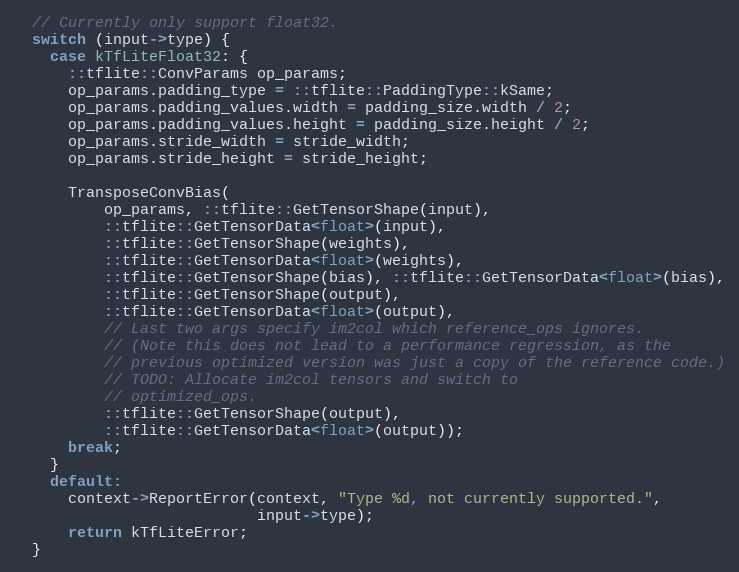
Language: C++
  // Currently only support float32.
  switch (input->type) {
    case kTfLiteFloat32: {
      ::tflite::ConvParams op_params;
      op_params.padding_type = ::tflite::PaddingType::kSame;
      op_params.padding_values.width = padding_size.width / 2;
      op_params.padding_values.height = padding_size.height / 2;
      op_params.stride_width = stride_width;
      op_params.stride_height = stride_height;

      TransposeConvBias(
          op_params, ::tflite::GetTensorShape(input),
          ::tflite::GetTensorData<float>(input),
          ::tflite::GetTensorShape(weights),
          ::tflite::GetTensorData<float>(weights),
          ::tflite::GetTensorShape(bias), ::tflite::GetTensorData<float>(bias),
          ::tflite::GetTensorShape(output),
          ::tflite::GetTensorData<float>(output),
          // Last two args specify im2col which reference_ops ignores.
          // (Note this does not lead to a performance regression, as the
          // previous optimized version was just a copy of the reference code.)
          // TODO: Allocate im2col tensors and switch to
          // optimized_ops.
          ::tflite::GetTensorShape(output),
          ::tflite::GetTensorData<float>(output));
      break;
    }
    default:
      context->ReportError(context, "Type %d, not currently supported.",
                           input->type);
      return kTfLiteError;
  }